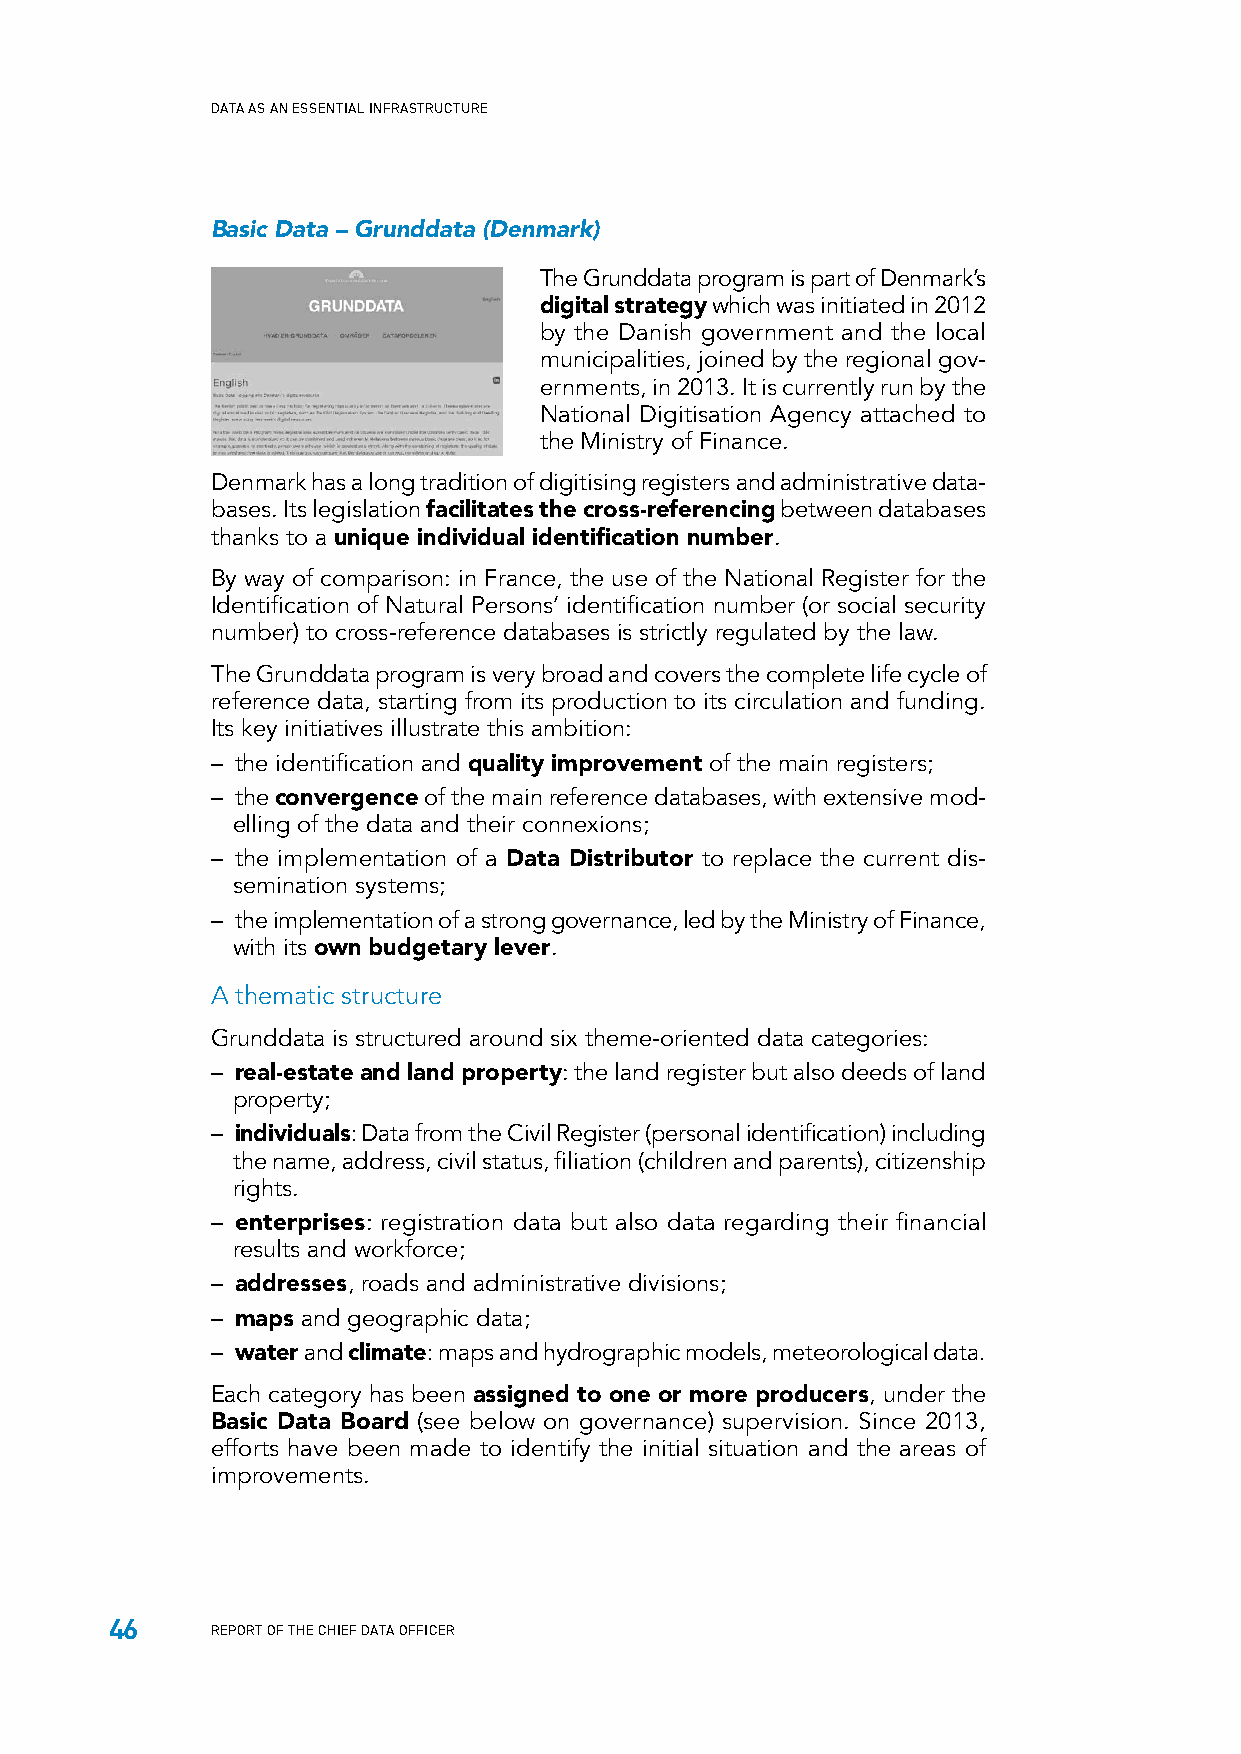
DATA AS AN ESSENTIAL INFRASTRUCTURE
 Basic Data – Grunddata (Denmark)
 The Grunddata program is part of Denmark’s
 digital strategy which was initiated in 2012
 by the Danish government and the local
 municipalities, joined by the regional gov-
 ernments, in 2013. It is currently run by the
 National Digitisation Agency attached to
 the Ministry of Finance.
 Denmark has a long tradition of digitising registers and administrative data-
 bases. Its legislation facilitates the cross-referencing between databases
 thanks to a unique individual identification number.
 By way of comparison: in France, the use of the National Register for the
 Identification of Natural Persons’ identification number (or social security
 number) to cross-reference databases is strictly regulated by the law.
 The Grunddata program is very broad and covers the complete life cycle of
 reference data, starting from its production to its circulation and funding.
 Its key initiatives illustrate this ambition:
 – the identification and quality improvement of the main registers;
 – the convergence of the main reference databases, with extensive mod-
 elling of the data and their connexions;
 – the implementation of a Data Distributor to replace the current dis-
 semination systems;
 – the implementation of a strong governance, led by the Ministry of Finance,
 with its own budgetary lever.
 A thematic structure
 Grunddata is structured around six theme-oriented data categories:
 – real-estate and land property: the land register but also deeds of land
 property;
 – individuals: Data from the Civil Register (personal identification) including
 the name, address, civil status, filiation (children and parents), citizenship
 rights.
 – enterprises: registration data but also data regarding their financial
 results and workforce;
 – addresses, roads and administrative divisions;
 – maps and geographic data;
 – water and climate: maps and hydrographic models, meteorological data.
 Each category has been assigned to one or more producers, under the
 Basic Data Board (see below on governance) supervision. Since 2013,
 efforts have been made to identify the initial situation and the areas of
 improvements.
 46
 REPORT OF THE CHIEF DATA OFFICER